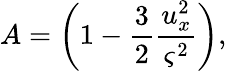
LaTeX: A=\left(1-\frac{3}{2}\frac{u_{x}^{2}}{\varsigma^{2}}\right),